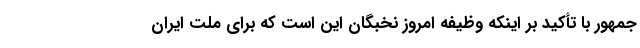
جمهور با تأکید بر اینکه وظیفه امروز نخبگان این است که برای ملت ایران